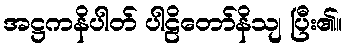
အဋ္ဌကနိပါတ် ပါဠိတော်နိသျ ပြီး၏။